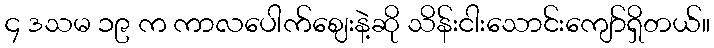
၄ ဒသမ ၁၉ က ကာလပေါက်ဈေးနဲ့ဆို သိန်းငါးသောင်းကျော်ရှိတယ်။